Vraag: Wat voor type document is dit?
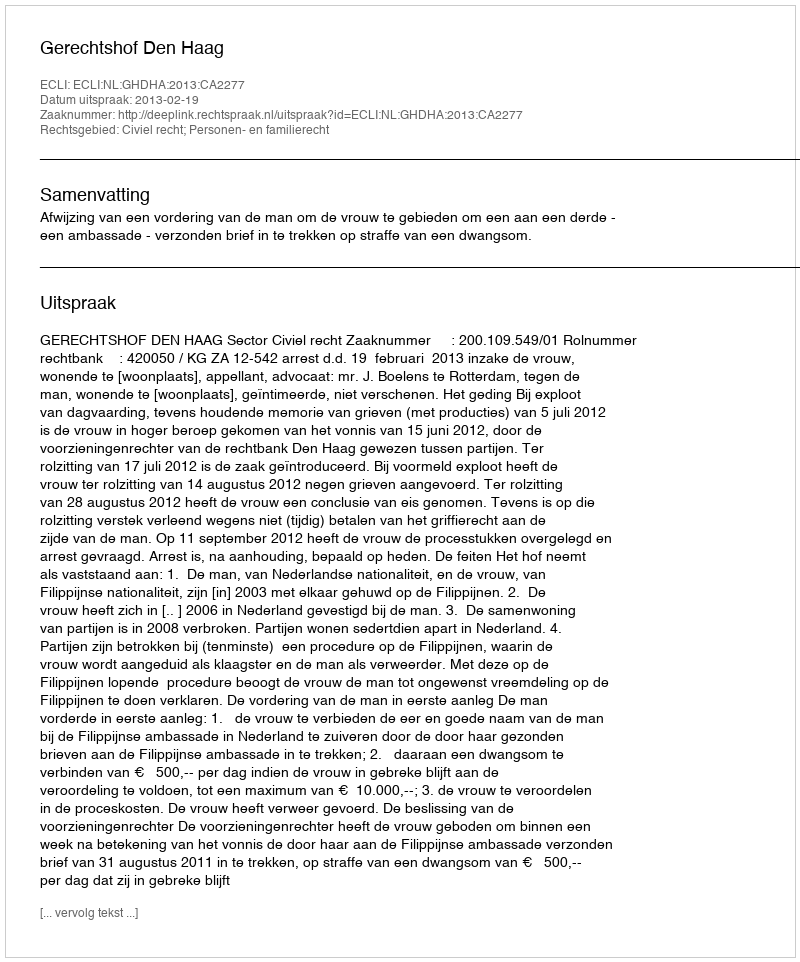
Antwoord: Uitspraak